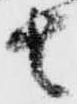
者